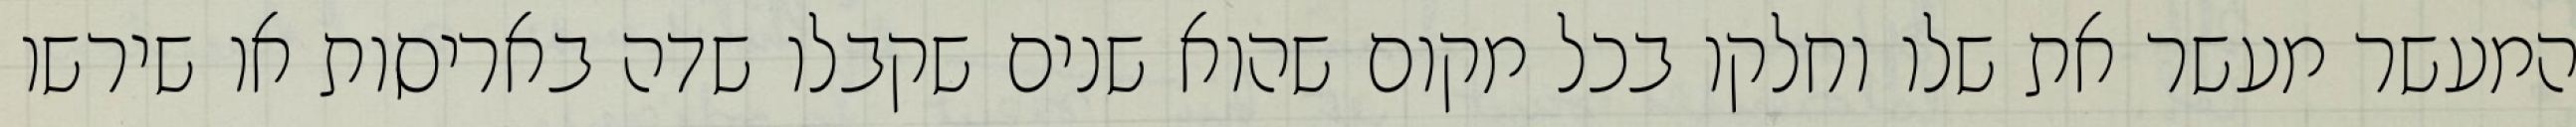
המעשר מעשר את שלו וחלקו בכל מקום שהוא שנים שקבלו שדה באריסות או שירשו